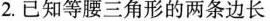
2.已知等腰三角形的两条边长